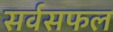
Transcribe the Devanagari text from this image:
सर्वसफल